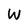
Character: W